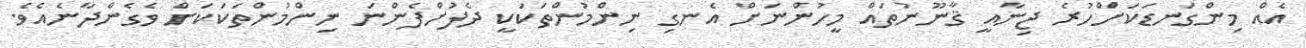
އެއް މިންގަނޑަކަށްހުރެ ޖިނާއީ ޤާނޫނުތައް މީހުންނަށް އެނގި ނިންމުންތަކަކީ ދެފުށްފެންނަ ނިންމުންތަކަކަށް ވެގެންދާނެއެވެ.